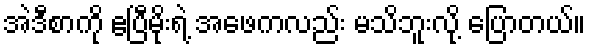
အဲဒီစာကို ဧပြီမိုးရဲ့ အဖေကလည်း မသိဘူးလို့ ပြောတယ်။